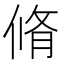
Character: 脩